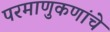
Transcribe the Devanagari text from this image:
परमाणुकणांचे